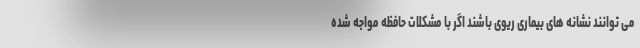
می توانند نشانه های بیماری ریوی باشند اگر با مشکلات حافظه مواجه شده